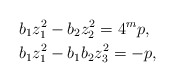
\begin{align*}& b_1z_1^2 - b_2z_2^2 = 4^{m}p, \\& b_1z_1^2 - b_1b_2z_3^2 = -p, \end{align*}